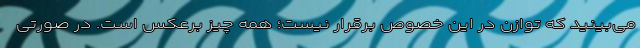
می‌بینید که توازن در این خصوص برقرار نیست؛ همه چیز برعکس است. در صورتی